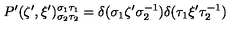
P ^ { \prime } ( \zeta ^ { \prime } , \xi ^ { \prime } ) _ { \sigma _ { 2 } \tau _ { 2 } } ^ { \sigma _ { 1 } \tau _ { 1 } } = \delta ( \sigma _ { 1 } \zeta ^ { \prime } \sigma _ { 2 } ^ { - 1 } ) \delta ( \tau _ { 1 } \xi ^ { \prime } \tau _ { 2 } ^ { - 1 } )